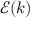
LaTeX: { \mathcal { E } } ( k )